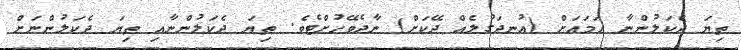
ތިޔަ ދެކަލުންނާ ހަމައަށް (އުނދަގުލެއް ދޭކަށް) ނާދެވޭހުށްޓެވެ. ތިޔަ ދެކަލުންނާއި ތިޔަ ދެކަލުންނަށް